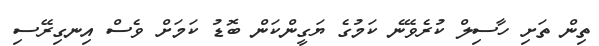
ތިން ތަށި ހާސިލް ކުރެވޭނެ ކަމުގެ ޔަގީންކަން ބޮޑު ކަމަށް ވެސް އިނގިރޭސި